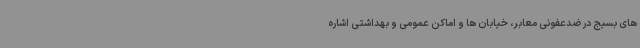
های بسیج در ضدعفونی معابر، خیابان ها و اماکن عمومی و بهداشتی اشاره